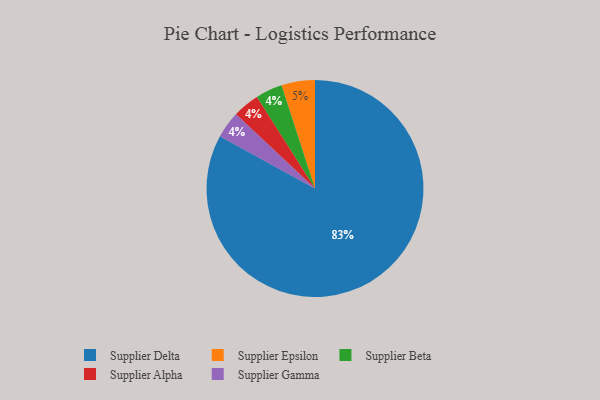
{"axis": {"x": "Category", "y": "Percentage"}, "legend": ["Supplier Alpha", "Supplier Beta", "Supplier Delta", "Supplier Epsilon", "Supplier Gamma"], "data": [{"x": "Supplier Epsilon", "y": 5, "type": "Supplier Epsilon"}, {"x": "Supplier Delta", "y": 83, "type": "Supplier Delta"}, {"x": "Supplier Beta", "y": 4, "type": "Supplier Beta"}, {"x": "Supplier Alpha", "y": 4, "type": "Supplier Alpha"}, {"x": "Supplier Gamma", "y": 4, "type": "Supplier Gamma"}]}